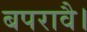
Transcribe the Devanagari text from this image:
बपरावै।